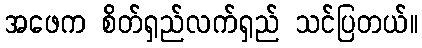
အဖေက စိတ်ရှည်လက်ရှည် သင်ပြတယ်။